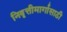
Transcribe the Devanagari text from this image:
निवृत्तीमार्गासाठी